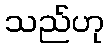
သည်ဟု